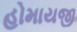
હોમાયજી